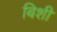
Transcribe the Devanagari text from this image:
बिशी